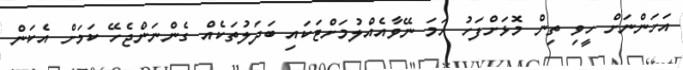
އަހަންނަށް ހީވި ތިން މޮޅަށްފަހު ހަމަ ނޭވާއެއްލުމަށްޓަކައި ބަދަލުތަކެއް ގެންނަންޖެހޭ ކަމަށް އެކަން